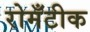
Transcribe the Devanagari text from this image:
रोमँटीक